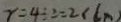
r = 4 \div 2 = 2 ( c m )